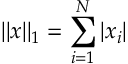
| | x | | _ { 1 } = \sum _ { i = 1 } ^ { N } | x _ { i } |